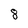
Character: 8